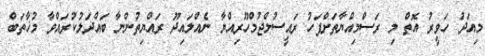
މިއަދު ހަވީރު އޮތް މި ރަސްމިއްޔާތަށްފަހު ރައީސުލްޖުމްހޫރިއްޔާ ނެއްލައިދޫ ރައްޔިތުންނާ ބައްދަލުކުރައްވާ މުޚާތަބް